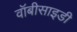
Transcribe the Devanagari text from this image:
वॉबीसाइडी